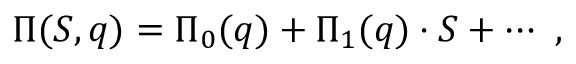
\Pi ( S , q ) = \Pi _ { 0 } ( q ) + \Pi _ { 1 } ( q ) \cdot S + \cdots \ ,